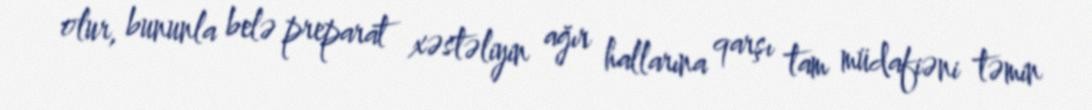
olur, bununla belə preparat xəstəliyin ağır hallarına qarşı tam müdafiəni təmin